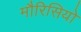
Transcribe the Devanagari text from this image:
मौरिसियो